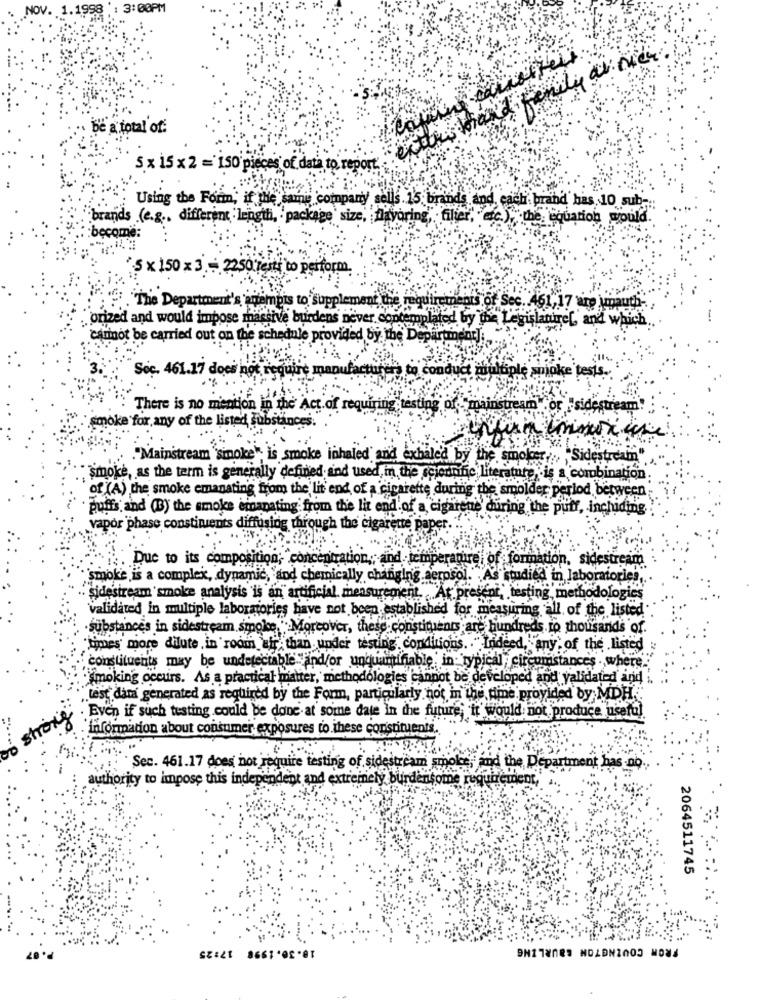
98'
3:00PM
be a total of:
5 x 15 x 2 = 150 pieces of data to report.
Using the Form, if the same company sells. 15 brands and, each brand has 10 sub -.
brands (e.g ., different length, package size, Mayoring, filier, etc.), the equation would
come:
S x 150 x 3. - 2250 resti to perform.
". The Department's, enempis to Supplement the requ
ments of Sec. . 461,17 are )mauth-
: orized and would impose massive burdens never. contemplated
completed by the Legislature[, and which
cannot be carried out on the schedule provided by the Departingar];
Soc. 461.17 do
to conduct miuk
iple smoke tests ..
There is no mention in the Act.of requiring testing of. "mainstream
smoke for any of the listed substances
."Mainstream "sinoke", is smoke inhaled and exbaled by the smoker,"Sidest
" smoke, as the term is generally defined and used, in the scientific literature, is a combination
of (A) the smoke emanating from the lit end of a cigarette during the smolder period between
puffs and (B) the smoke emanating from the lit end of a cigarene' during the puif, inchiding
vapor phase constituents diffusing through the cigarette paper.
Due to its composition; concentration ,, and temperature of formation, sidestream
"smoke is a complex, dynamic, and chemically changing aerosol." As studied in laboratories,
· sidestream 'smoke analysis is an artificial measurement. At present, testing methodologies
validated in multiple laboratories have not been established for measuring all of the listed
substances in sidestream singise". Moreover, these constituents are hundreds to thousands of
"times' more dilute . in room air than, under testing" conditions .. "Indeed, any of the listed
constituents may be undetectable find/or unquantifiable, in: typical circumstances . when
Smoking occurs. As a practical matter, methodologies cannot be developed and validated and
"test data generated as required by the Form, particularly not in the fine provided by MDH.
. Even if such testing could be done at some date in the future, it would not produce useful
strong
information about consumer exposures to these constituents.
00
Sec. 461.17 does not require testing of sidestream smoke, and the Department has no.
authority to impose this independent and extremely burdensome requirement,
2064511745